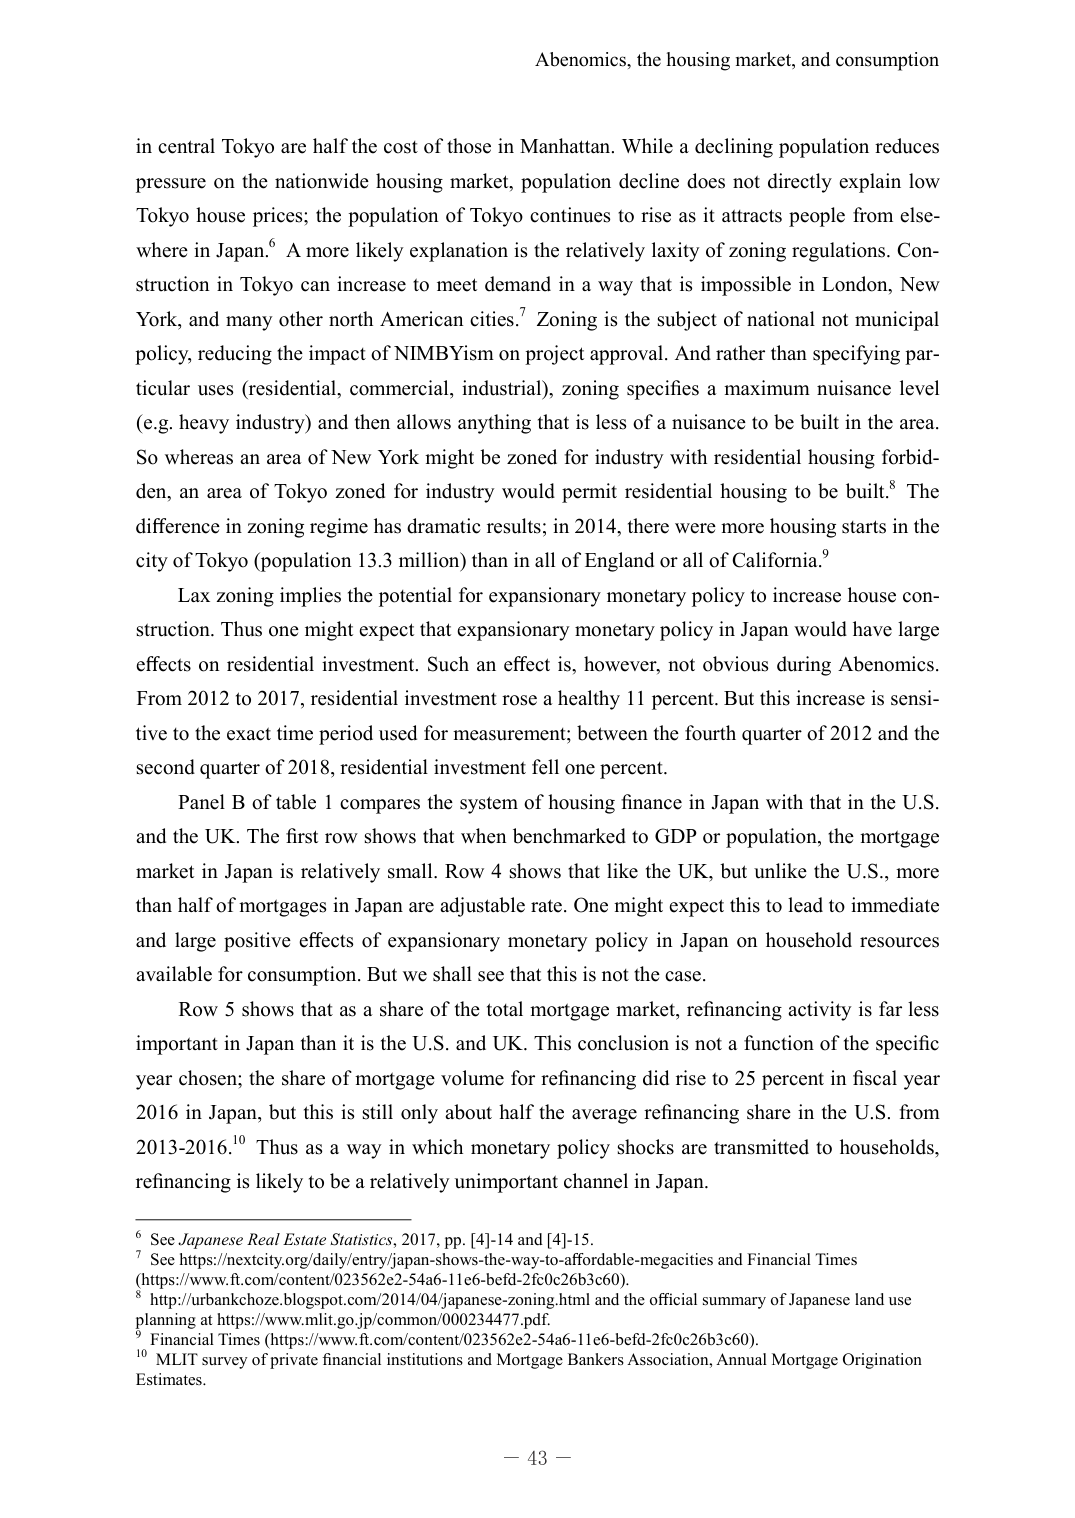
Abenomics, the housing market, and consumption

in central Tokyo are half the cost of those in Manhattan. While a declining population reduces pressure on the nationwide housing market, population decline does not directly explain low Tokyo house prices; the population of Tokyo continues to rise as it attracts people from elsewhere in Japan.⁶ A more likely explanation is the relatively laxity of zoning regulations. Construction in Tokyo can increase to meet demand in a way that is impossible in London, New York, and many other north American cities.⁷ Zoning is the subject of national not municipal policy, reducing the impact of NIMBYism on project approval. And rather than specifying particular uses (residential, commercial, industrial), zoning specifies a maximum nuisance level (e.g. heavy industry) and then allows anything that is less of a nuisance to be built in the area. So whereas an area of New York might be zoned for industry with residential housing forbidden, an area of Tokyo zoned for industry would permit residential housing to be built.⁸ The difference in zoning regime has dramatic results; in 2014, there were more housing starts in the city of Tokyo (population 13.3 million) than in all of England or all of California.⁹

Lax zoning implies the potential for expansionary monetary policy to increase house construction. Thus one might expect that expansionary monetary policy in Japan would have large effects on residential investment. Such an effect is, however, not obvious during Abenomics. From 2012 to 2017, residential investment rose a healthy 11 percent. But this increase is sensitive to the exact time period used for measurement; between the fourth quarter of 2012 and the second quarter of 2018, residential investment fell one percent.

Panel B of table 1 compares the system of housing finance in Japan with that in the U.S. and the UK. The first row shows that when benchmarked to GDP or population, the mortgage market in Japan is relatively small. Row 4 shows that like the UK, but unlike the U.S., more than half of mortgages in Japan are adjustable rate. One might expect this to lead to immediate and large positive effects of expansionary monetary policy in Japan on household resources available for consumption. But we shall see that this is not the case.

Row 5 shows that as a share of the total mortgage market, refinancing activity is far less important in Japan than it is in the U.S. and UK. This conclusion is not a function of the specific year chosen; the share of mortgage volume for refinancing did rise to 25 percent in fiscal year 2016 in Japan, but this is still only about half the average refinancing share in the U.S. from 2013-2016.¹⁰ Thus as a way in which monetary policy shocks are transmitted to households, refinancing is likely to be a relatively unimportant channel in Japan.

⁶ See Japanese Real Estate Statistics, 2017, pp. [4]-14 and [4]-15.
⁷ See https://nextcity.org/daily/entry/japan-shows-the-way-to-affordable-megacities and Financial Times (https://www.ft.com/content/023562e2-54a6-11e6-befd-2fc0c26b3c60).
⁸ http://urbankchoze.blogspot.com/2014/04/japanese-zoning.html and the official summary of Japanese land use planning at https://www.mlit.go.jp/common/000234477.pdf.
⁹ Financial Times (https://www.ft.com/content/023562e2-54a6-11e6-befd-2fc0c26b3c60).
¹⁰ MLIT survey of private financial institutions and Mortgage Bankers Association, Annual Mortgage Origination Estimates.

— 43 —